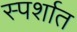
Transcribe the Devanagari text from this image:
स्पर्शात